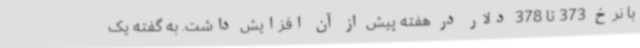
با نرخ 373 تا 378 دلار در هفته پیش از آن افزایش داشت. به گفته یک